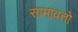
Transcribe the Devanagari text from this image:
सामावतो